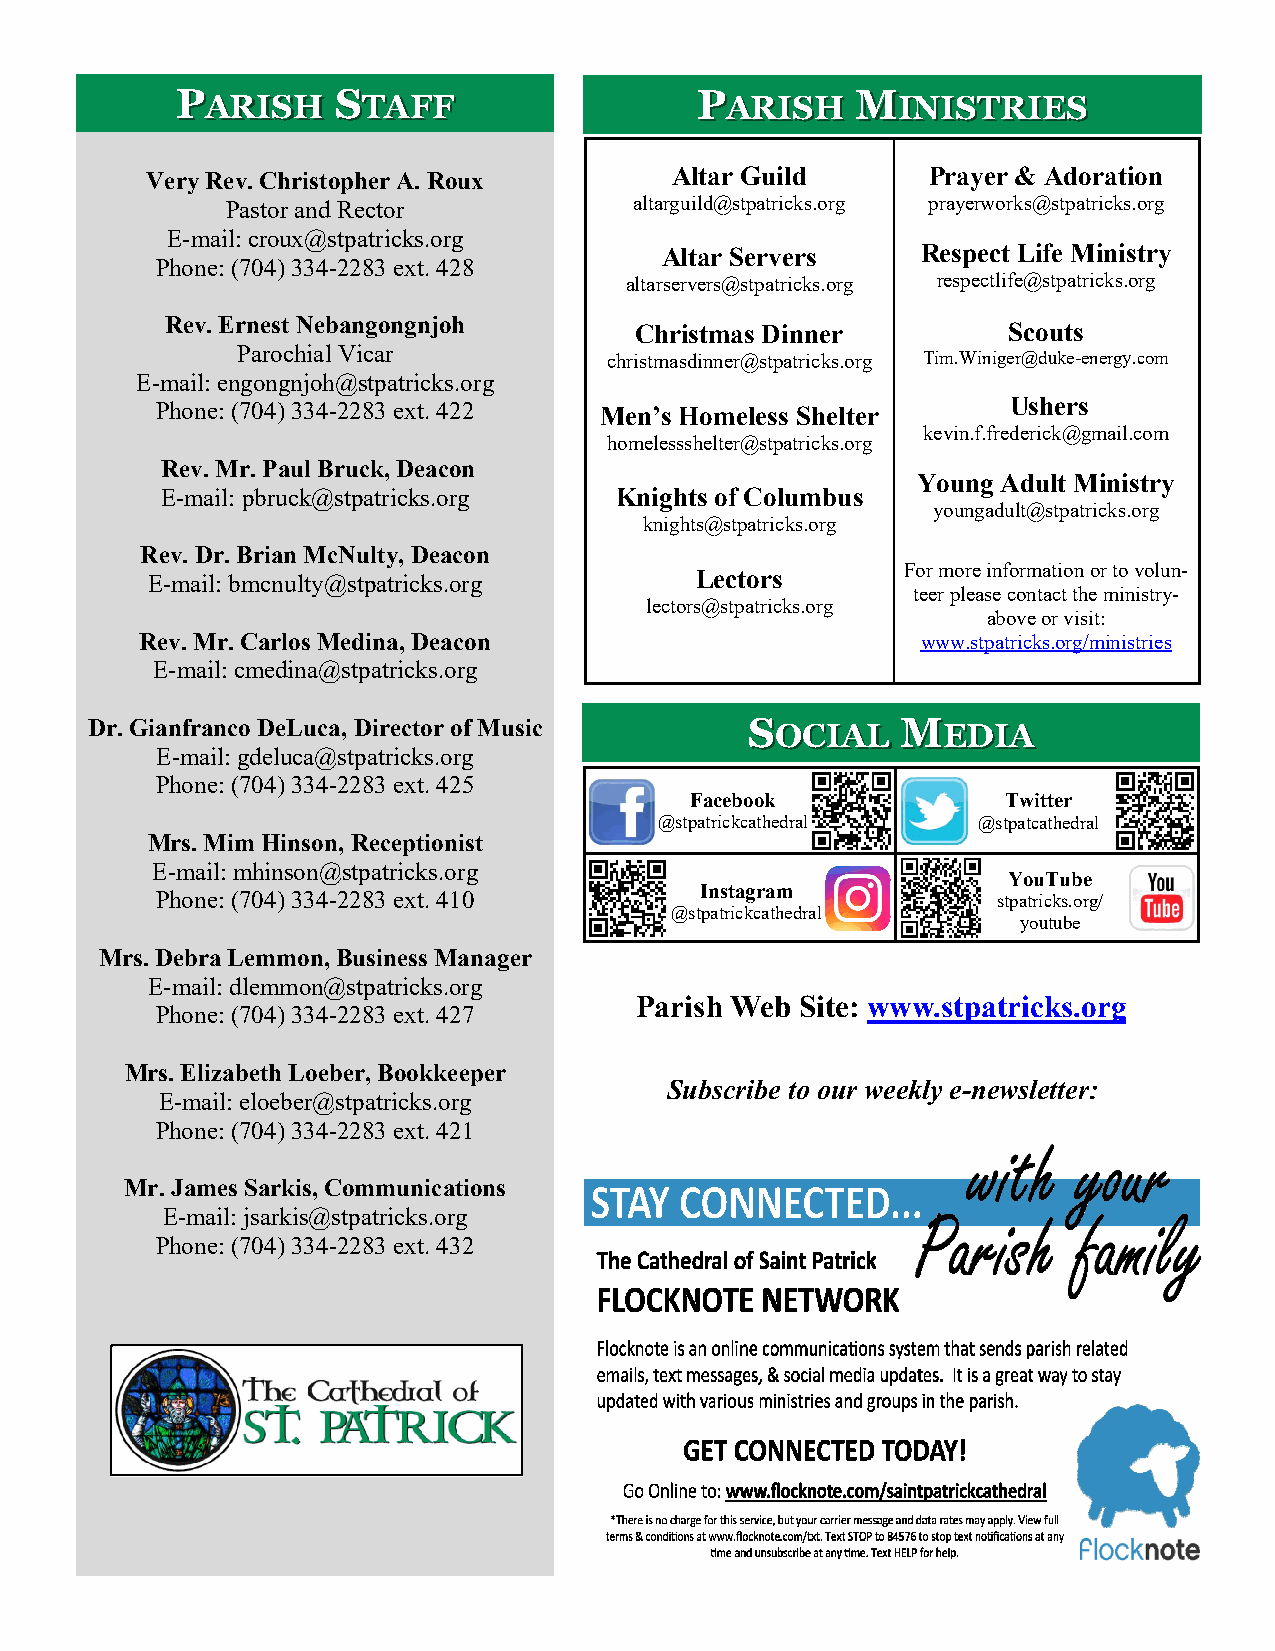
PPAARRIISSHH SSTTAAFFFF           PPAARRIISSHH MMIINNIISSTTRRIIEESS
 Altar Guild      Prayer & Adoration
 Very Rev. Christopher A. Roux
 Pastor and Rector          altarguild@stpatricks.org prayerworks@stpatricks.org
 E-mail: croux@stpatricks.org
 Altar Servers    Respect Life Ministry
 Phone: (704) 334-2283 ext. 428
 altarservers@stpatricks.org respectlife@stpatricks.org
 Rev. Ernest Nebangongnjoh      Christmas Dinner         Scouts
 Parochial Vicar
 christmasdinner@stpatricks.org Tim.Winiger@duke-energy.com
 E-mail: engongnjoh@stpatricks.org
 Ushers
 Phone: (704) 334-2283 ext. 422 Men’s Homeless Shelter
 homelessshelter@stpatricks.org
 kevin.f.frederick@gmail.com
 Rev. Mr. Paul Bruck, Deacon
 Young Adult Ministry
 E-mail: pbruck@stpatricks.org Knights of Columbus
 youngadult@stpatricks.org
 knights@stpatricks.org
 Rev. Dr. Brian McNulty, Deacon
 E-mail: bmcnulty@stpatricks.org     Lectors       For more information or to volun-
 teer please contact the ministry-
 lectors@stpatricks.org
 above or visit:
 Rev. Mr. Carlos Medina, Deacon                      www.stpatricks.org/ministries
 E-mail: cmedina@stpatricks.org
 Dr. Gianfranco DeLuca, Director of Music    SSOOCCIIAALL MMEEDDIIAA
 E-mail: gdeluca@stpatricks.org
 Phone: (704) 334-2283 ext. 425
 Facebook             Twitter
 @stpatrickcathedral  @stpatcathedral
 Mrs. Mim Hinson, Receptionist
 E-mail: mhinson@stpatricks.org
 YouTube
 Instagram
 Phone: (704) 334-2283 ext. 410                          stpatricks.org/
 @stpatrickcathedral
 youtube
 Mrs. Debra Lemmon, Business Manager
 E-mail: dlemmon@stpatricks.org
 Parish Web Site: www.stpatricks.org
 Phone: (704) 334-2283 ext. 427
 Mrs. Elizabeth Loeber, Bookkeeper
 Subscribe to our weekly e-newsletter:
 E-mail: eloeber@stpatricks.org
 Phone: (704) 334-2283 ext. 421
 Mr. James Sarkis, Communications
 E-mail: jsarkis@stpatricks.org
 Phone: (704) 334-2283 ext. 432